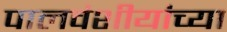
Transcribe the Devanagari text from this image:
पालवंशीयांच्या